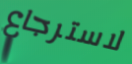
لاسترجاع